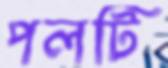
পলটি